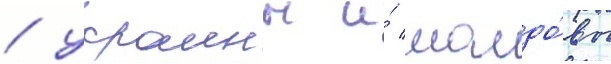
/ украины и́ молдо́вы